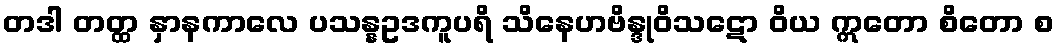
တဒါ တတ္ထ နှာနကာလေ ပသန္နဥဒကူပရိ သိနေဟဗိန္ဒုဝိသဋော ဝိယ ဣတော စိတော စ